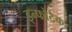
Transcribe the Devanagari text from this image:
इन्फोटैक